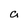
Character: a